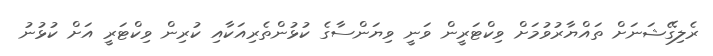
ރެލިގޭޝަނަށް ތައްޔާރުވުމަށް ވިކްޓަރީން ވަނީ ވިޔަންސާގެ ކުޅުންތެރިއަކާއި ކުރިން ވިކްޓަރީ އަށް ކުޅުނު